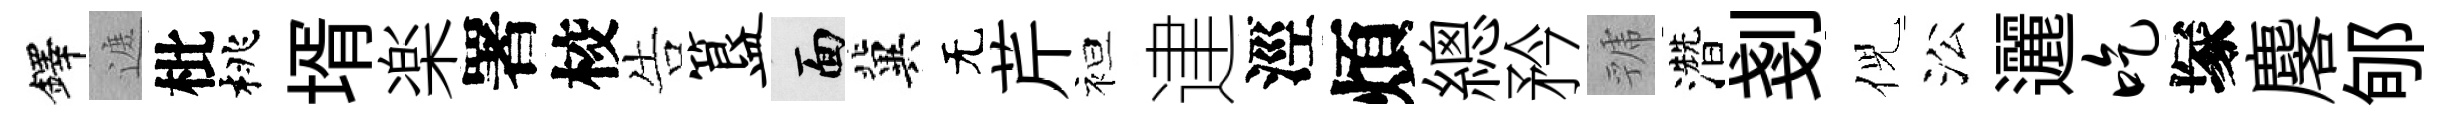
鐸遮枇桃壻楽署校告簋面冀无芹袒䢖涇煩總矜虢濳剗倪㳂邐吃塚麐郇